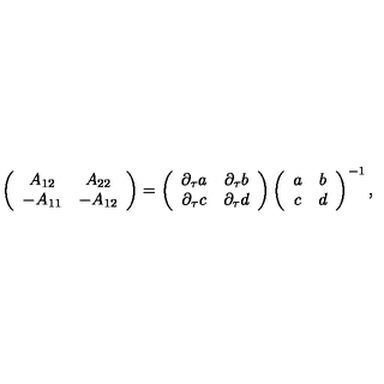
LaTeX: \left( \begin{array} { c c } { A _ { 1 2 } } & { A _ { 2 2 } } \\ { - A _ { 1 1 } } & { - A _ { 1 2 } } \\ \end{array} \right) = \left( \begin{array} { c c } { \partial _ { \tau } a } & { \partial _ { \tau } b } \\ { \partial _ { \tau } c } & { \partial _ { \tau } d } \\ \end{array} \right) \left( \begin{array} { c c } { a } & { b } \\ { c } & { d } \\ \end{array} \right) ^ { - 1 } ,